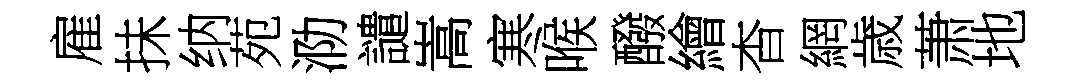
雇抺纳苑泐譴嵩寒喉醱繪杳網歳萧地